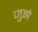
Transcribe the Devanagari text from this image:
जुझे